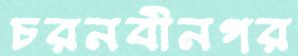
চরনবীনগর